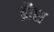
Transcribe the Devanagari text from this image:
ब्रौश